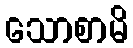
သောစာမိ